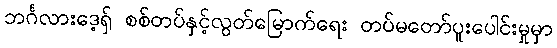
ဘင်္ဂလားဒေ့ရှ် စစ်တပ်နှင့်လွတ်မြောက်ရေး တပ်မတော်ပူးပေါင်းမှုမှာ